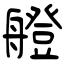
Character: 艠